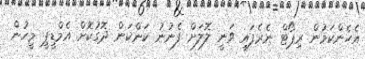
އެހެންކަމުން ރިޕޯޓް ނެރެފައި ވަނީ ލޮލަށް ފެނުނު ކަންކަން ދޮގުކޮށް އެމްޑީޕީ މީހުން